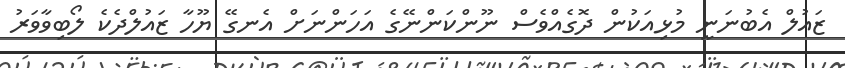
ޒައުލް އެބުނަނީ މުޅިއަކުން ދޮގެއްވެސް ނޫންކަންނޭގެ އަހަންނަށް އެނގޭ ޔޫހާ ޒައުލްދެކެ ލޯބިވާވަރު